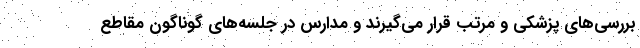
بررسی‌های پزشکی و مرتب قرار می‌گیرند و مدارس در جلسه‌های گوناگون مقاطع